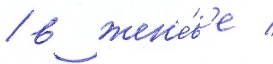
/ в жен'е́в'е /